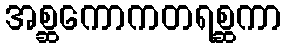
အစ္ဆကောကတရစ္ဆကာ